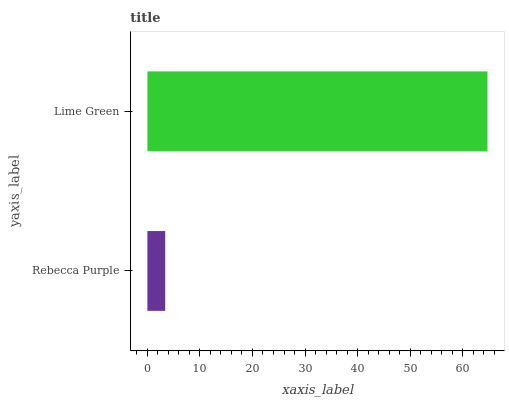
| yaxis_label | bars |
 | --- | --- |
 | Rebecca Purple | 3.39 |
 | Lime Green | 64.7 |